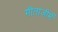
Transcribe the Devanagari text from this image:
गीताजीमें